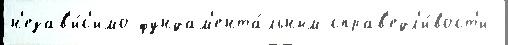
н'езав'и́с'имо фундам'ента́льным справ'едл'и́вост'и